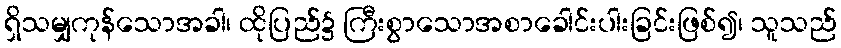
ရှိသမျှကုန်သောအခါ၊ ထိုပြည်၌ ကြီးစွာသောအစာခေါင်းပါးခြင်းဖြစ်၍၊ သူသည်